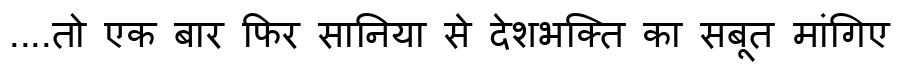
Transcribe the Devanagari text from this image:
....तो एक बार फिर सानिया से देशभक्ति का सबूत मांगिए